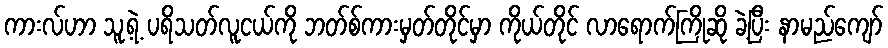
ကားလ်ဟာ သူ့ရဲ့ ပရိသတ်လူငယ်ကို ဘတ်စ်ကားမှတ်တိုင်မှာ ကိုယ်တိုင် လာရောက်ကြိုဆို ခဲ့ပြီး နာမည်ကျော်